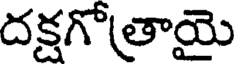
దక్షగోతాయై